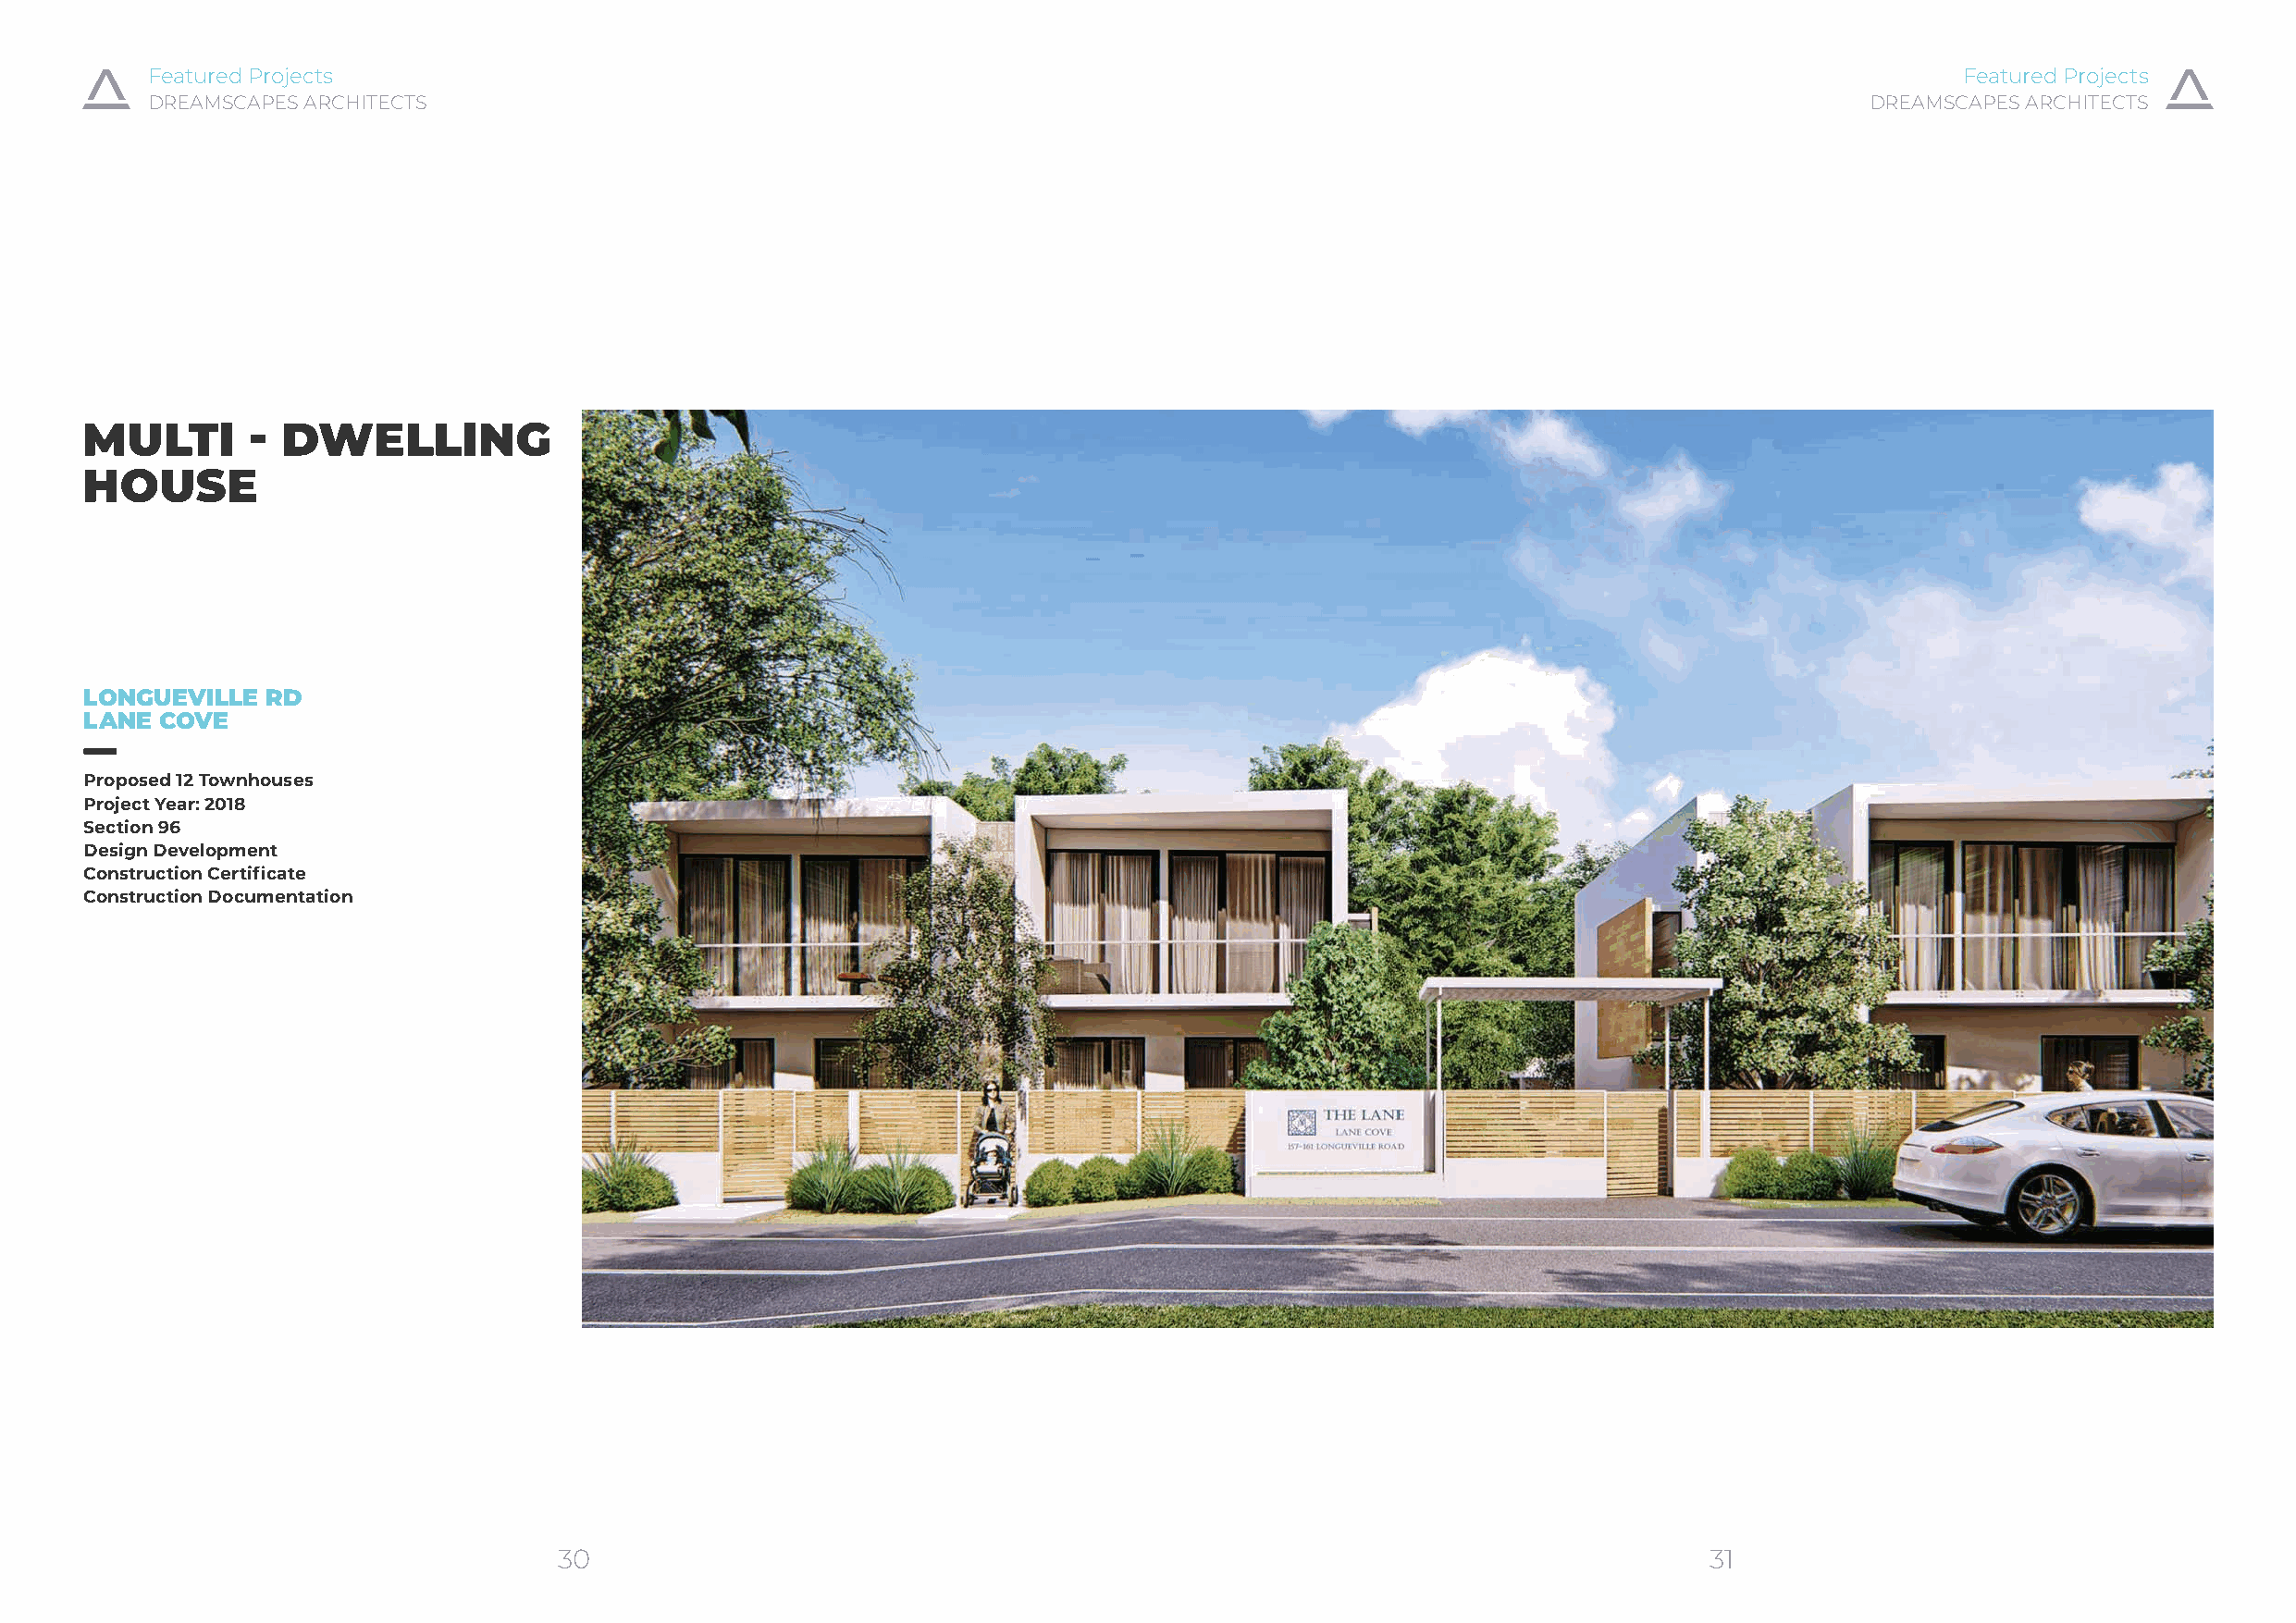
Featured Projects                                                                                                                Featured Projects
 DREAMSCAPES ARCHITECTS                                                                                                     DREAMSCAPES ARCHITECTS
 MULTI       - DWELLING
 HOUSE
 LONGUEVILLE  RD
 LANE COVE
 Proposed 12 Townhouses
 Project Year: 2018
 Section 96
 Design Development
 Construction Certificate
 Construction Documentation
 30                                                                                31